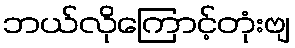
ဘယ်လိုကြောင့်တုံးဗျ